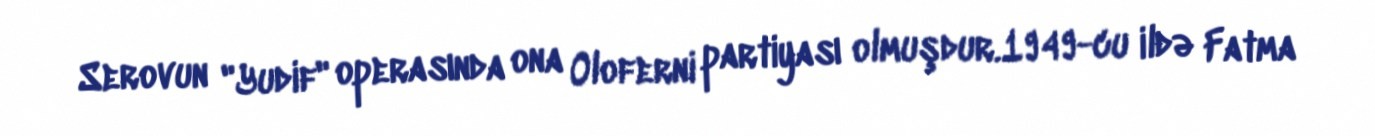
Serovun "Yudif" operasında ona Oloferni partiyası olmuşdur.1949-cu ildə Fatma